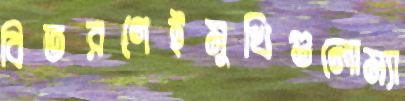
বিতরণেইমুখিগুলোম্যা